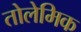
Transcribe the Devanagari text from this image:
तोलेमिक